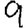
Digit: 9